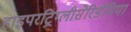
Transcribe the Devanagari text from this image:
हाइपरट्रिग्लीसेरिडेमिया